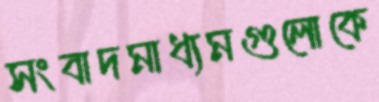
সংবাদমাধ্যমগুলোকে